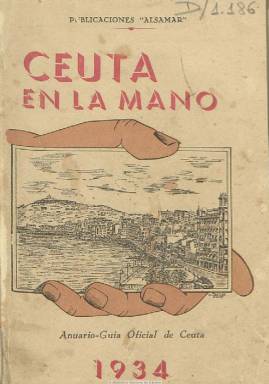
Título: Ceuta en la mano
Colección: Guías y directorios
Ámbito geográfico: Ceuta
Lugar de publicación: Ceuta
Fechas: 01/01/1934-31/12/1934

Con el subtítulo “anuario-guía oficial”, es un volumen que supera las doscientas páginas, con un grabado de la ciudad en su cubierta, que comienza con una descripción histórica de Ceuta desde su fundación para, a continuación, dar cuenta de la organización y funcionamiento de su ayuntamiento constitucional, sus presupuestos para el año 1934, división en distritos y barrios o las tarifas y arbitrios municipales, así como indicadores de establecimientos públicos y privados, asociaciones, sociedades, partidos políticos, industrias, comercios y profesiones; división electoral, nomenclátor de las calles, líneas de autobuses o entidades de comunicaciones (correos, ferrocarriles, líneas marítimas, radiodifusión, teléfonos y telégrafos). Carece de ilustraciones, salvo el plano del proyecto de una estación de autobuses y algunos fotograbados en algunas de las numerosas inserciones publicitarias del comercio y la industria de Ceuta. Es editado por Publicaciones Alsamar e impreso en la Tipografía Olimpia, y cuenta con un índice al final.